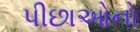
પીછાઓનો